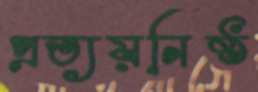
প্রত্যয়নিষ্ঠ